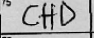
Transcription: CHD